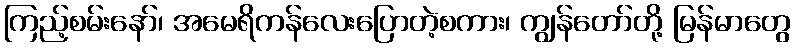
ကြည့်စမ်းနော်၊ အမေရိကန်လေးပြောတဲ့စကား၊ ကျွန်တော်တို့ မြန်မာတွေ